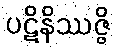
ပဋိနိဿဇ္ဇိ